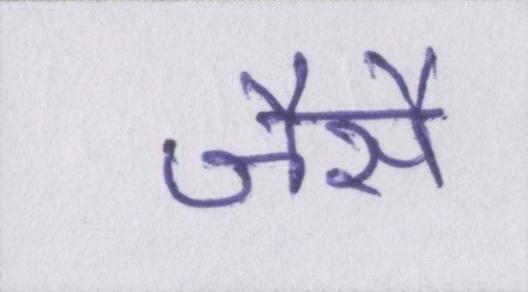
जैसै